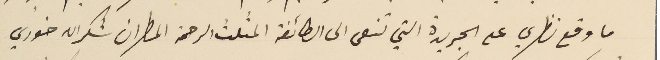
ما وقع نظري على الجريدة التي تنعى الى الطائفة المثلث الرحمة المطران شكرالله خوري